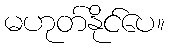
မဟုတ်နိုင်ပေ။